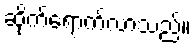
ဆိုက်ရောက်လာသည်။